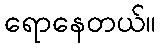
ရောနေတယ်။